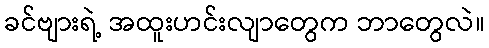
ခင်ဗျားရဲ့ အထူးဟင်းလျာတွေက ဘာတွေလဲ။